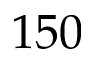
1 5 0